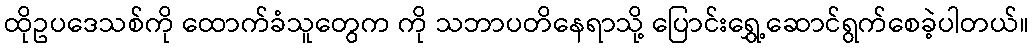
ထိုဥပဒေသစ်ကို ထောက်ခံသူတွေက ကို သဘာပတိနေရာသို့ ပြောင်းရွှေ့ဆောင်ရွက်စေခဲ့ပါတယ်။